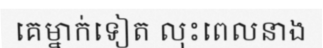
គេម្នាក់ទៀត លុះពេលនាង